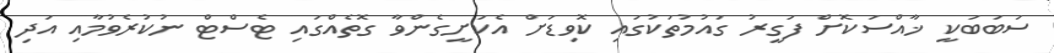
ސަބަބަކީ ޚާއްސަކޮށް ފަގީރު ގައުމުތަކުގައި ކޮވިޑަށް އެކަށީގެންވާ ގޮތެއްގައި ޓެސްޓް ނުކުރެވުމާއި އަދި